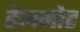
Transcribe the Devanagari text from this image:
हेलमोट